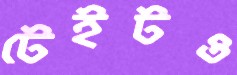
টেইটও